Report on vaccination North-West Frontier Province 1904-1922 - 1904-1922
Year: 1904
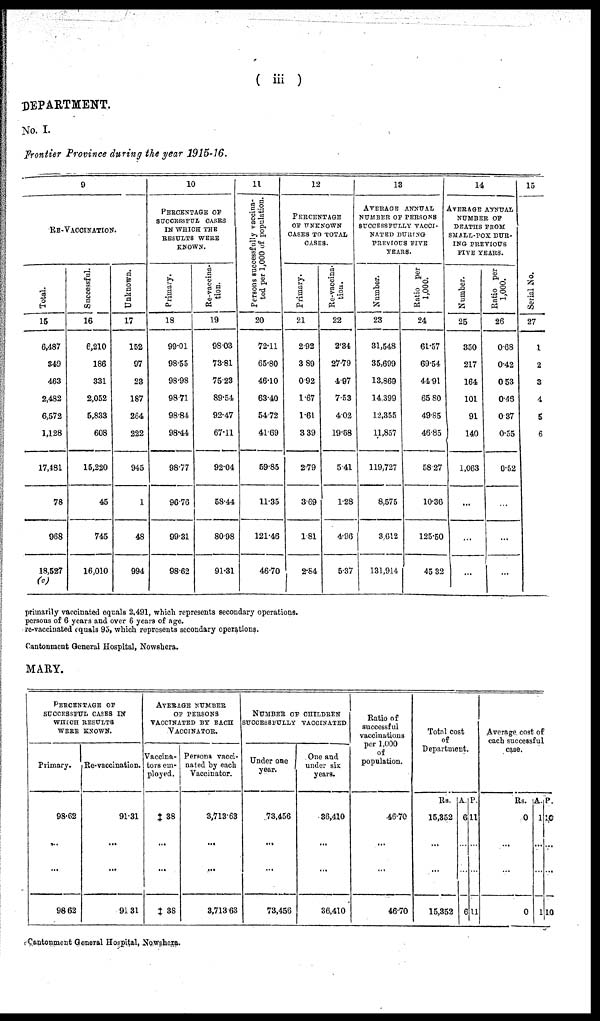
( iii )
DEPARTMENT.
No. I.
Frontier Province during the year 1915-16.
9
RE-VACCINATION.
Total.
15
6,487
349
463
2,482
6,572
1,128
17,481
78
968
18,527
(c)
Successful.
16
6,210
186
331
2,052
5,833
608
15,220
45
745
16,010
Unknown.
17
152
97
23
187
264
222
945
1
48
994
10
PERCENTAGE OF
SUCCESSFUL CASES
IN WHICH THE
RESULTS WERE
KNOWN.
Primary.
18
99.01
98.55
98.98
98.71
98.84
98.44
98.77
96.76
99.31
98.62
Re-vaccina-
tion.
19
98.03
73.81
75.23
89.54
92.47
67.11
92.04
58.44
80.98
91.31
11
Persons successfully vaccina-
ted per 1,000 of population.
20
72.11
65.80
46.10
63.40
54.72
41.69
59.85
11.35
121.46
46.70
12
PERCENTAGE
OF UNKNOWN
CASES TO TOTAL
CASES.
Primary.
21
2.92
3.89
0.92
1.67
1.61
3.39
2.79
3.69
1.81
2.84
Re-vaccina-
tion.
22
2.34
27.79
4.97
7.53
4.02
19.88
5.41
1.28
4.96
5.37
13
AVERAGE ANNUAL
NUMBER OF PERSONS
SUCCESSFULLY VACCI-
NATED DURING¬
PREVIOUS FIVE
YEARS.
Number.
23
31,548
35,699
13,869
14,399
12,355
11,857
119,727
8,575
3.612
131,914
Ratio per
1,000.
24
61.57
69.54
44.91
65.80
49.85
46.85
58.27
10.36
125.50
45.32
14
AVERAGE ANNUAL
NUMBER OF
DEATHS FROM
SMALL-POX DUR-
ING PREVIOUS
FIVE YEARS.
Number.
25
350
217
164
101
91
140
1,063
...
...
...
Ratio per
1,000.
26
0.68
0.42
0.53
0.46
0.37
0.55
0.52
...
...
...
15
Serial No.
27
1
2
3
4
5
6
primarily vaccinated equals 2,491, which represents secondary operations.
persons of 6 years and over 6 years of age.
re-vaccinated equals 95, which represents secondary operations.
Cantonment General Hospital, Nowshera.
MARY.
PERCENTAGE OF
SUCCESSFUL CASES IN
WHICH RESULTS
WERE KNOWN.
Primary.
93.62
...
...
98.62
Re-vaccination.
91.31
...
...
91.31
AVERAGE NUMBER
OF PERSONS
VACCINATED BY EACH
VACCINATOR.
Vaccina-
tors em-
ployed.
‡ 38
...
...
‡ 38
Persona vacci-
nated by each
Vaccinator.
3,713.63
...
...
3,713.63
NUMBER OF CHILDREN
SUCCESSFULLY VACCINATED
Under one
year.
73,456
...
...
73,456
One and
under six
years.
36,410
...
...
36,410
Ratio of
successful
vaccinations
per 1,000
of
population.
46.70
...
...
46.70
Total cost
of
Department.
Rs.
15,352
...
...
15,352
A.
6
...
...
6
P.
11
...
...
11
Average, cost of
each successful
case.
Rs.
0
...
...
0
A.
1
...
...
1
P.
10
...
...
10
Cantonment General Hospital, Nowshera.